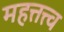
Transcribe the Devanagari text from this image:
महत्तत्त्व